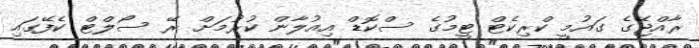
ރާއްޖޭގެ ގައުމީ ކްރިކެޓް ޓީމުގެ ސްކޮޑް އިއުލާން ކުރުމަށް ރޭ ސޯލްޓް ކެފޭގައި